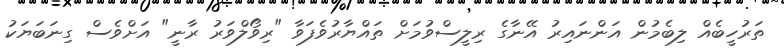
ތަރުހީބެއް ލިބެމުން އަންނައިރު އޭނާގެ ރިލީސްވުމަށް ތައްޔާރުވެފަވާ "ރިވޯލްވަރު ރާނީ" އަށްވެސް ގިނަބަޔަކު